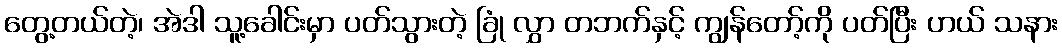
တွေ့တယ်တဲ့၊ အဲဒါ သူ့ခေါင်းမှာ ပတ်သွားတဲ့ ခြုံ လွှာ တဘက်နှင့် ကျွန်တော့်ကို ပတ်ပြီး ဟယ် သနား